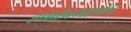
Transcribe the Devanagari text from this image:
हक्कांप्रमाणेच